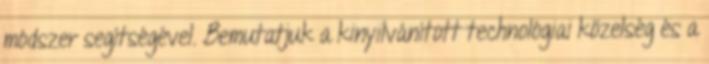
módszer segítségével. Bemutatjuk a kinyilvánított technológiai közelség és a